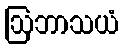
ဩဘာသယံ